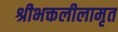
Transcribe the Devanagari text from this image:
श्रीभक्तलीलामृत